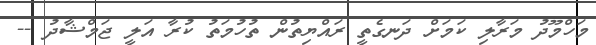
މަހްމޫދު މަރާލި ކަމަށް ދަނގެތީ ރައްޔިތުން ތުހުމަތު ކުރާ އަލީ ޖަމްޝާދު --